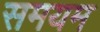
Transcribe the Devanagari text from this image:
समयम